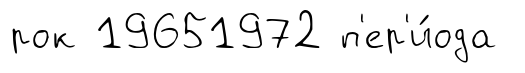
рок 19651972 п'ер'и́ода